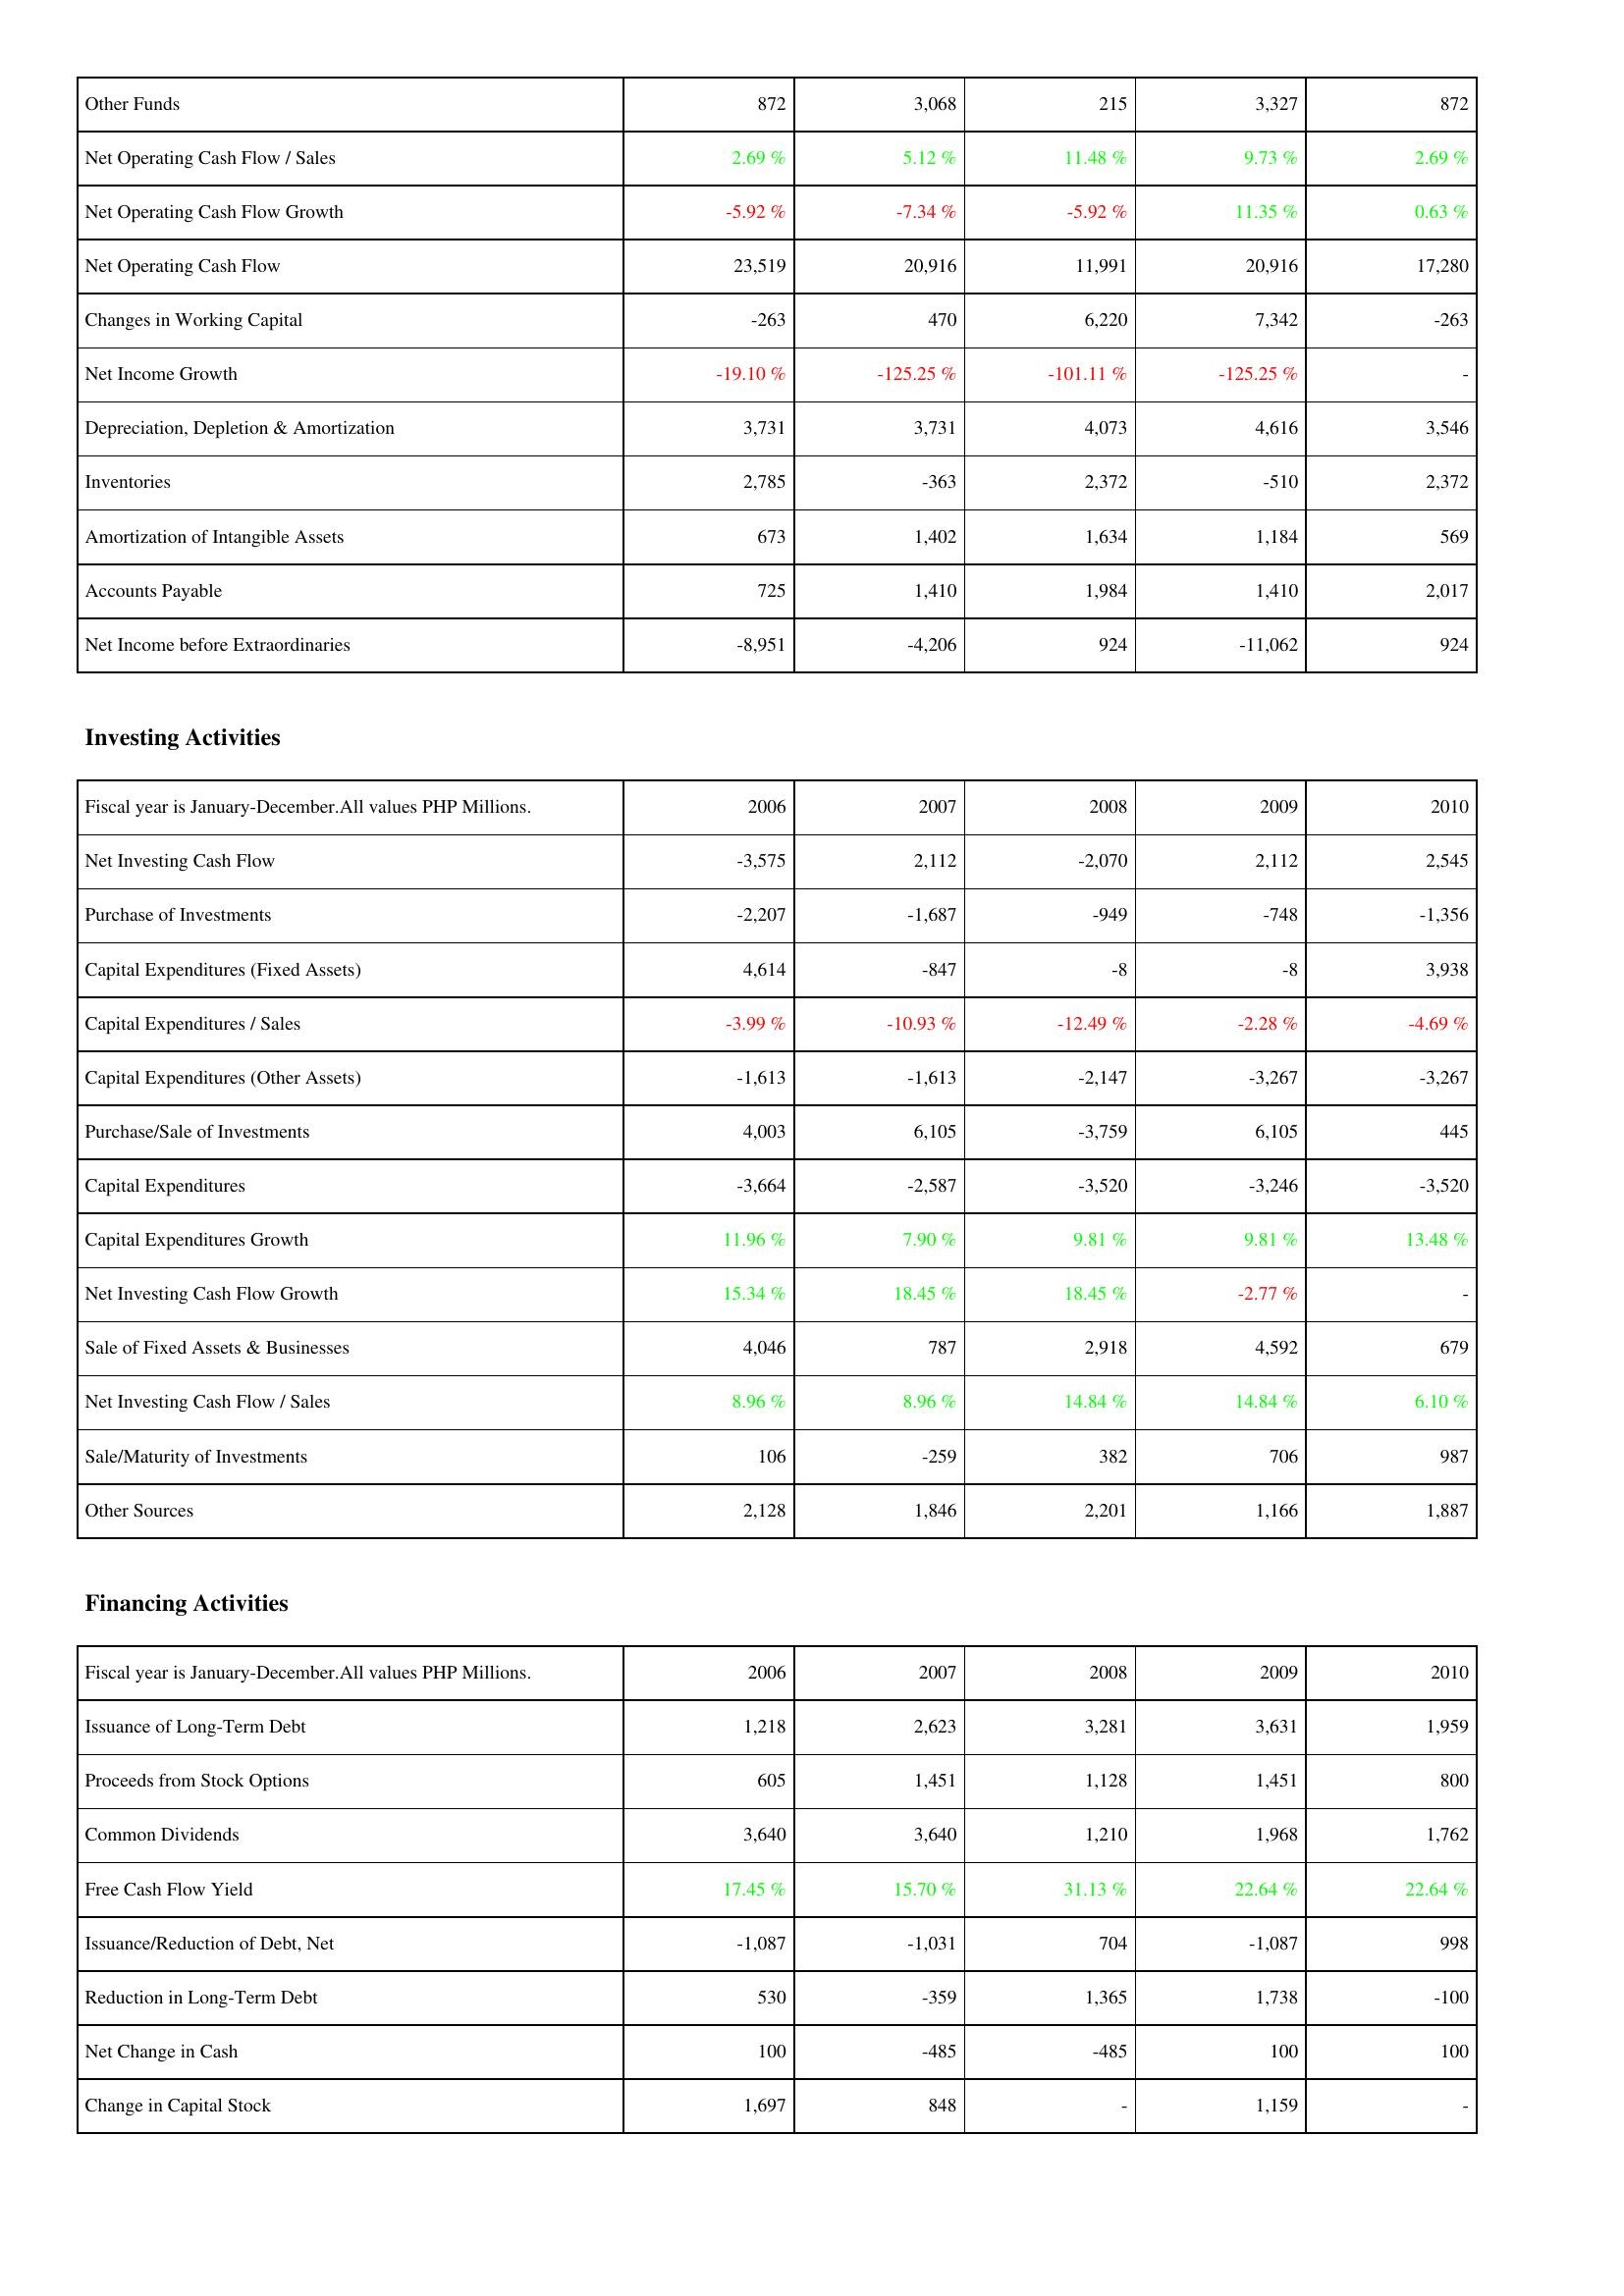
2006: Operating Activities: Other Funds: 872
Net Operating Cash Flow / Sales: 2.69 %
Net Operating Cash Flow Growth: -5.92 %
Net Operating Cash Flow: 23,519
Changes in Working Capital: -263
Net Income Growth: -19.10 %
Depreciation, Depletion & Amortization: 3,731
Inventories: 2,785
Amortization of Intangible Assets: 673
Accounts Payable: 725
Net Income before Extraordinaries: -8,951
Investing Activities: Net Investing Cash Flow: -3,575
Purchase of Investments: -2,207
Capital Expenditures (Fixed Assets): 4,614
Capital Expenditures / Sales: -3.99 %
Capital Expenditures (Other Assets): -1,613
Purchase/Sale of Investments: 4,003
Capital Expenditures: -3,664
Capital Expenditures Growth: 11.96 %
Net Investing Cash Flow Growth: 15.34 %
Sale of Fixed Assets & Businesses: 4,046
Net Investing Cash Flow / Sales: 8.96 %
Sale/Maturity of Investments: 106
Other Sources: 2,128
Financing Activities: Issuance of Long-Term Debt: 1,218
Proceeds from Stock Options: 605
Common Dividends: 3,640
Free Cash Flow Yield: 17.45 %
Issuance/Reduction of Debt, Net: -1,087
Reduction in Long-Term Debt: 530
Net Change in Cash: 100
Change in Capital Stock: 1,697
2007: Operating Activities: Other Funds: 3,068
Net Operating Cash Flow / Sales: 5.12 %
Net Operating Cash Flow Growth: -7.34 %
Net Operating Cash Flow: 20,916
Changes in Working Capital: 470
Net Income Growth: -125.25 %
Depreciation, Depletion & Amortization: 3,731
Inventories: -363
Amortization of Intangible Assets: 1,402
Accounts Payable: 1,410
Net Income before Extraordinaries: -4,206
Investing Activities: Net Investing Cash Flow: 2,112
Purchase of Investments: -1,687
Capital Expenditures (Fixed Assets): -847
Capital Expenditures / Sales: -10.93 %
Capital Expenditures (Other Assets): -1,613
Purchase/Sale of Investments: 6,105
Capital Expenditures: -2,587
Capital Expenditures Growth: 7.90 %
Net Investing Cash Flow Growth: 18.45 %
Sale of Fixed Assets & Businesses: 787
Net Investing Cash Flow / Sales: 8.96 %
Sale/Maturity of Investments: -259
Other Sources: 1,846
Financing Activities: Issuance of Long-Term Debt: 2,623
Proceeds from Stock Options: 1,451
Common Dividends: 3,640
Free Cash Flow Yield: 15.70 %
Issuance/Reduction of Debt, Net: -1,031
Reduction in Long-Term Debt: -359
Net Change in Cash: -485
Change in Capital Stock: 848
2008: Operating Activities: Other Funds: 215
Net Operating Cash Flow / Sales: 11.48 %
Net Operating Cash Flow Growth: -5.92 %
Net Operating Cash Flow: 11,991
Changes in Working Capital: 6,220
Net Income Growth: -101.11 %
Depreciation, Depletion & Amortization: 4,073
Inventories: 2,372
Amortization of Intangible Assets: 1,634
Accounts Payable: 1,984
Net Income before Extraordinaries: 924
Investing Activities: Net Investing Cash Flow: -2,070
Purchase of Investments: -949
Capital Expenditures (Fixed Assets): -8
Capital Expenditures / Sales: -12.49 %
Capital Expenditures (Other Assets): -2,147
Purchase/Sale of Investments: -3,759
Capital Expenditures: -3,520
Capital Expenditures Growth: 9.81 %
Net Investing Cash Flow Growth: 18.45 %
Sale of Fixed Assets & Businesses: 2,918
Net Investing Cash Flow / Sales: 14.84 %
Sale/Maturity of Investments: 382
Other Sources: 2,201
Financing Activities: Issuance of Long-Term Debt: 3,281
Proceeds from Stock Options: 1,128
Common Dividends: 1,210
Free Cash Flow Yield: 31.13 %
Issuance/Reduction of Debt, Net: 704
Reduction in Long-Term Debt: 1,365
Net Change in Cash: -485
Change in Capital Stock: -
2009: Operating Activities: Other Funds: 3,327
Net Operating Cash Flow / Sales: 9.73 %
Net Operating Cash Flow Growth: 11.35 %
Net Operating Cash Flow: 20,916
Changes in Working Capital: 7,342
Net Income Growth: -125.25 %
Depreciation, Depletion & Amortization: 4,616
Inventories: -510
Amortization of Intangible Assets: 1,184
Accounts Payable: 1,410
Net Income before Extraordinaries: -11,062
Investing Activities: Net Investing Cash Flow: 2,112
Purchase of Investments: -748
Capital Expenditures (Fixed Assets): -8
Capital Expenditures / Sales: -2.28 %
Capital Expenditures (Other Assets): -3,267
Purchase/Sale of Investments: 6,105
Capital Expenditures: -3,246
Capital Expenditures Growth: 9.81 %
Net Investing Cash Flow Growth: -2.77 %
Sale of Fixed Assets & Businesses: 4,592
Net Investing Cash Flow / Sales: 14.84 %
Sale/Maturity of Investments: 706
Other Sources: 1,166
Financing Activities: Issuance of Long-Term Debt: 3,631
Proceeds from Stock Options: 1,451
Common Dividends: 1,968
Free Cash Flow Yield: 22.64 %
Issuance/Reduction of Debt, Net: -1,087
Reduction in Long-Term Debt: 1,738
Net Change in Cash: 100
Change in Capital Stock: 1,159
2010: Operating Activities: Other Funds: 872
Net Operating Cash Flow / Sales: 2.69 %
Net Operating Cash Flow Growth: 0.63 %
Net Operating Cash Flow: 17,280
Changes in Working Capital: -263
Net Income Growth: -
Depreciation, Depletion & Amortization: 3,546
Inventories: 2,372
Amortization of Intangible Assets: 569
Accounts Payable: 2,017
Net Income before Extraordinaries: 924
Investing Activities: Net Investing Cash Flow: 2,545
Purchase of Investments: -1,356
Capital Expenditures (Fixed Assets): 3,938
Capital Expenditures / Sales: -4.69 %
Capital Expenditures (Other Assets): -3,267
Purchase/Sale of Investments: 445
Capital Expenditures: -3,520
Capital Expenditures Growth: 13.48 %
Net Investing Cash Flow Growth: -
Sale of Fixed Assets & Businesses: 679
Net Investing Cash Flow / Sales: 6.10 %
Sale/Maturity of Investments: 987
Other Sources: 1,887
Financing Activities: Issuance of Long-Term Debt: 1,959
Proceeds from Stock Options: 800
Common Dividends: 1,762
Free Cash Flow Yield: 22.64 %
Issuance/Reduction of Debt, Net: 998
Reduction in Long-Term Debt: -100
Net Change in Cash: 100
Change in Capital Stock: -